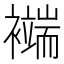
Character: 𧞖